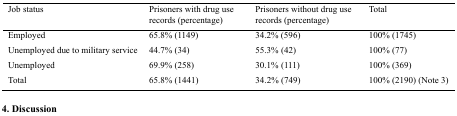
| Job status | Prisoners with drug use records (percentage) | Prisoners without drug use records (percentage) | Total |
 | --- | --- | --- | --- |
 | Employed | 65.8% (1149) | 34.2% (596) | 100% (1745) |
 | Unemployed due to military service | 44.7% (34) | 55.3% (42) | 100% (77) |
 | Unemployed | 69.9% (258) | 30.1% (111) | 100% (369) |
 | Total | 65.8% (1441) | 34.2% (749) | 100% (2190) (Note 3) |